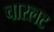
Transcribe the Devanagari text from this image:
चारलट